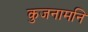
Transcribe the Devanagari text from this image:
कुजनामनि